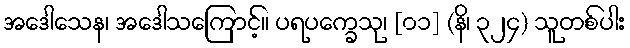
အဒေါသေန၊ အဒေါသကြောင့်။ ပရပက္ခေသု၊ [၀၁] (နိ၊ ၃၂၄) သူတစ်ပါး